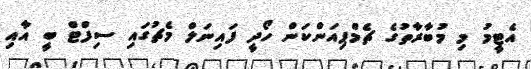
އެޓީމު މި މުބާރާތުގެ ޗެމްޕިއަންކަން ހޯދީ ފައިނަލް މެޗުގައި ސިފްޓް ބީ އާއި